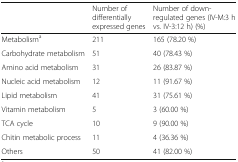
<table><thead><tr><td></td><td><b>Number of differentially expressed genes</b></td><td><b>Number of down-regulated genes (IV-M:3 h vs. IV-3:12 h) (%)</b></td></tr></thead><tbody><tr><td>Metabolism<sup>a</sup></td><td>211</td><td>165 (78.20 %)</td></tr><tr><td>Carbohydrate metabolism</td><td>51</td><td>40 (78.43 %)</td></tr><tr><td>Amino acid metabolism</td><td>31</td><td>26 (83.87 %)</td></tr><tr><td>Nucleic acid metabolism</td><td>12</td><td>11 (91.67 %)</td></tr><tr><td>Lipid metabolism</td><td>41</td><td>31 (75.61 %)</td></tr><tr><td>Vitamin metabolism</td><td>5</td><td>3 (60.00 %)</td></tr><tr><td>TCA cycle</td><td>10</td><td>9 (90.00 %)</td></tr><tr><td>Chitin metabolic process</td><td>11</td><td>4 (36.36 %)</td></tr><tr><td>Others</td><td>50</td><td>41 (82.00 %)</td></tr></tbody></table>